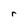
Character: r